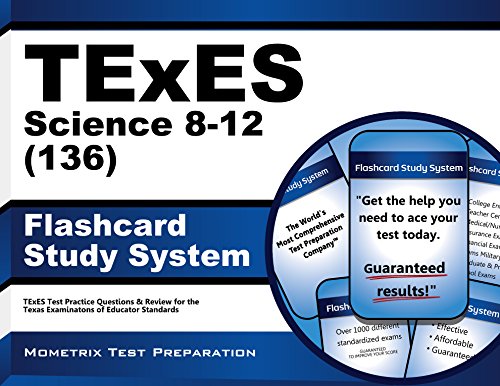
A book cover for TExES Science 8-12 (136) Flashcard Study System: TExES Test Practice Questions & Review for the Texas Examinations of Educator Standards (Cards); TExES Exam Secrets Test Prep Team; Test Preparation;